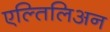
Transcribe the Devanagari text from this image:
एल्तिलिअन